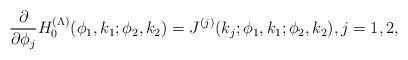
LaTeX: \begin{align*}\frac{\partial}{\partial \phi_j}H_0^{(\Lambda)}(\phi_1,k_1;\phi_2,k_2)=J^{(j)}(k_j;\phi_1,k_1;\phi_2,k_2),j=1,2, \end{align*}